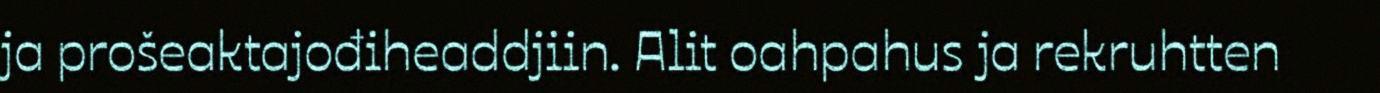
ja prošeaktajođiheaddjiin. Alit oahpahus ja rekruhtten